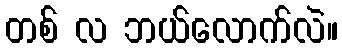
တစ် လ ဘယ်လောက်လဲ။